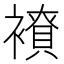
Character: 𧝭